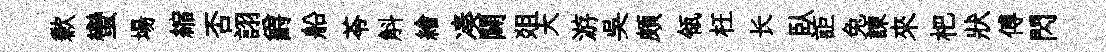
歉蠻場縮否詡爵船苓斛繪凑闢爼大游吳頗瓴枉长臥詎兔諫來杷狀傅閃